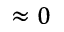
\approx 0